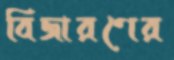
বিজারণের